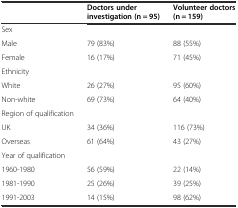
<table><thead><tr><td></td><td><b>Doctors under investigation (n = 95)</b></td><td><b>Volunteer doctors (n = 159)</b></td></tr></thead><tbody><tr><td>Sex</td><td></td><td></td></tr><tr><td>Male</td><td>79 (83%)</td><td>88 (55%)</td></tr><tr><td>Female</td><td>16 (17%)</td><td>71 (45%)</td></tr><tr><td>Ethnicity</td><td></td><td></td></tr><tr><td>White</td><td>26 (27%)</td><td>95 (60%)</td></tr><tr><td>Non-white</td><td>69 (73%)</td><td>64 (40%)</td></tr><tr><td>Region of qualification</td><td></td><td></td></tr><tr><td>UK</td><td>34 (36%)</td><td>116 (73%)</td></tr><tr><td>Overseas</td><td>61 (64%)</td><td>43 (27%)</td></tr><tr><td>Year of qualification</td><td></td><td></td></tr><tr><td>1960-1980</td><td>56 (59%)</td><td>22 (14%)</td></tr><tr><td>1981-1990</td><td>25 (26%)</td><td>39 (25%)</td></tr><tr><td>1991-2003</td><td>14 (15%)</td><td>98 (62%)</td></tr></tbody></table>